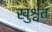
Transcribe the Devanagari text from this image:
खुश्वंत